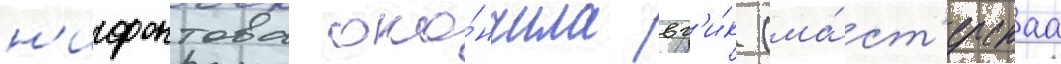
н'ифонтова око́нчила вг'и́к (ма́ст'ерскаа